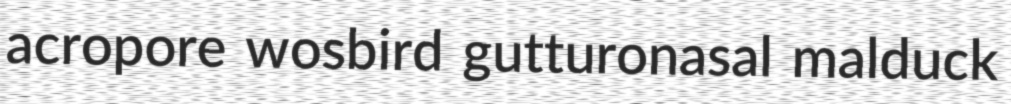
acropore wosbird gutturonasal malduck